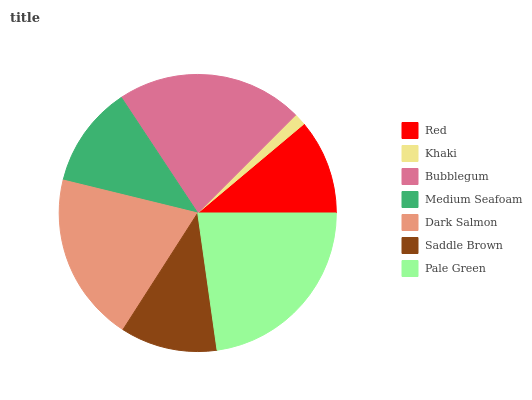
| Red | Khaki | Bubblegum | Medium Seafoam | Dark Salmon | Saddle Brown | Pale Green |
 | --- | --- | --- | --- | --- | --- | --- |
 | 11.1% | 1.4% | 21.8% | 11.9% | 19.7% | 11.3% | 22.8% |